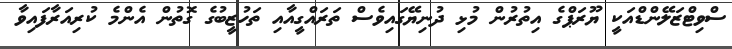
ސްވިޓްޒަލޭންޑްއަކީ ޔޫރަޕްގެ އިތުރުން މުޅި ދުނިޔޭގައިވެސް ތަރައްގީއާއި ތަހުޒީބުގެ ގޮތުން އެންމެ ކުރިއަރާފައިވާ